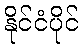
နိုင်ငံပိုင်